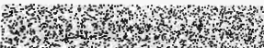
អេនជេនស៍ឌីអេសអេសអិល